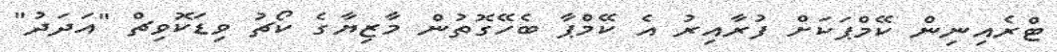
ޓްރެއިނިން ކޭމްޕަކަށް ފުރާއިރު އެ ކޭމްޕާ ބެހޭގޮތުން މާޒިޔާގެ ކޯޗު ވިޑަކޮވިޗް "އަދަދު"